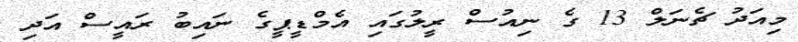
މިއަދު ޗެނަލް 13 ގެ ނިއުސް ރީލުގައި އެމްޑީޕީގެ ނައިބު ރައީސް އަދި